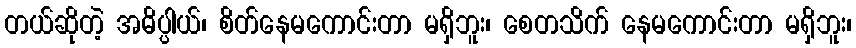
တယ်ဆိုတဲ့ အဓိပ္ပါယ်၊ စိတ်နေမကောင်းတာ မရှိဘူး၊ စေတသိက် နေမကောင်းတာ မရှိဘူး၊